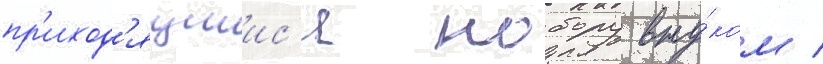
пр'иход'ящиис'я нобору вну́ком /